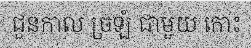
ជួនកាល ច្រឡំ ជាមួយ កោះ